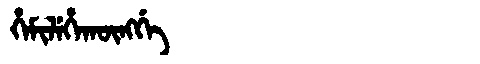
Manchu: ᡥᡝᠮᡳᠯᡝᡥᠠᡴᡡᠩᡤᡝ
Romanization: HEMILEHAKŪNGGE